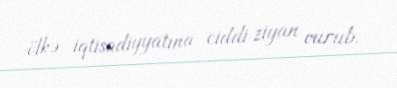
ölkə iqtisadiyyatına ciddi ziyan vurub.